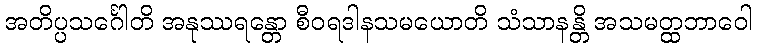
အတိပ္ပသင်္ဂေါတိ အနုဿရန္တော စီဝရဒါနသမယောတိ သံသာနန္တိ အသမတ္ထဘာဝေါ